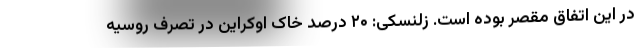
در این اتفاق مقصر بوده است. زلنسکی: ۲۰ درصد خاک اوکراین در تصرف روسیه